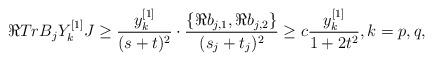
LaTeX: \begin{align*}\Re Tr B_jY_k^{[1]}J \geq \frac{y_k^{[1]}}{(s+t)^2}\cdot \frac{\{\Re b_{j,1}, \Re b_{j,2}\}}{(s_j+t_j)^2}\geq c\frac{y_k^{[1]}}{1+2t^2},k=p,q, \end{align*}